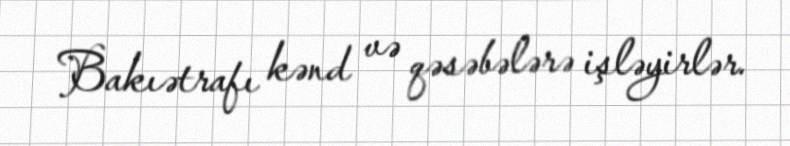
Bakıətrafı kənd və qəsəbələrə işləyirlər.